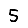
Digit: 5